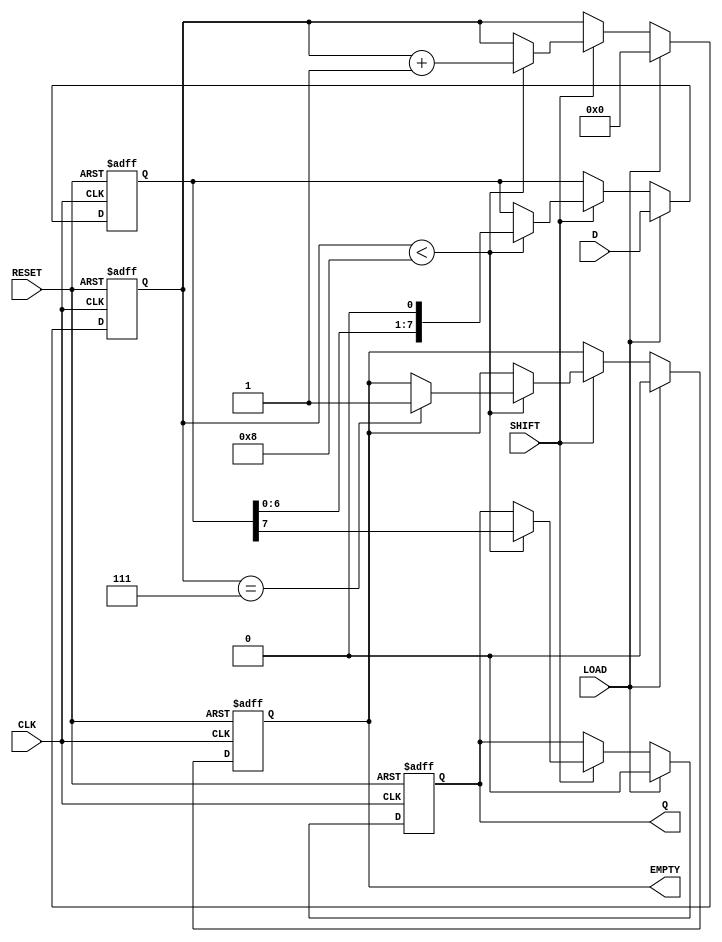
module PISO_Register #(
    parameter N = 8  // Parameter for the width of the register
)(
    input wire [N-1:0] D,       // Parallel Data Input
    input wire LOAD,             // Load signal
    input wire SHIFT,            // Shift signal
    input wire CLK,              // Clock signal
    input wire RESET,            // Asynchronous reset signal
    output reg Q,                // Serial Output
    output reg EMPTY             // Empty signal
);

    reg [N-1:0] SR;              // Shift Register to hold parallel data
    reg [3:0] shift_count;       // Counter to track number of shifts

    always @(posedge CLK or posedge RESET) begin
        if (RESET) begin
            SR <= 0;             // Clear the shift register on reset
            Q <= 1'b0;          // Serial output is also cleared
            EMPTY <= 1'b1;      // Register is empty after reset
            shift_count <= 0;
        end else begin
            if (LOAD) begin
                SR <= D;         // Load data into the shift register
                Q <= 1'b0;      // Reset serial output
                EMPTY <= 1'b0;  // Register is not empty after loading
                shift_count <= 0; // Reset the shift counter
            end else if (SHIFT) begin
                if (shift_count < N) begin
                    Q <= SR[N-1]; // Output the MSB of the shift register
                    SR <= {SR[N-2:0], 1'b0}; // Shift left
                    shift_count <= shift_count + 1; // Increment shift counter
                    if (shift_count == N-1) begin
                        EMPTY <= 1'b1; // Set EMPTY when done shifting
                    end
                end
            end
        end
    end

endmodule